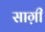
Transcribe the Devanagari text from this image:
साग़ी